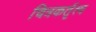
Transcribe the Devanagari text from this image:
चित्रकर्तृत्व